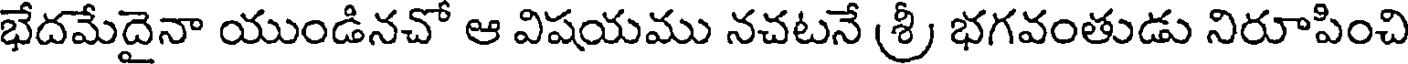
భేదమేదైనా యుండినచో ఆ విషయము నచటనే శ్రీ భగవంతుడు నిరూపించి